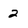
Character: 2